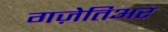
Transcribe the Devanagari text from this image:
गज़ेतिअर